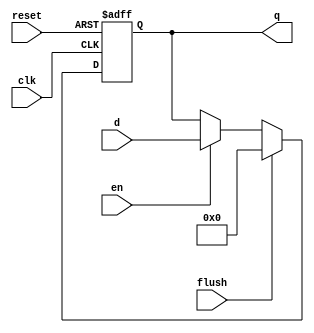
module flopenrc#(parameter WIDTH = 8)
		(input clk,reset,en,flush,
		input [WIDTH-1:0] d,
		output reg [WIDTH-1:0] q);
always @(posedge clk,posedge reset)
	if (reset) q <= #1 0;
	else if (flush) q <= #1 0;
	else if(en) q <= #1 d;
endmodule